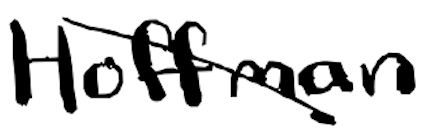
Text: Hoffman
Cross-out: diagonal
Writing tool: digital_black